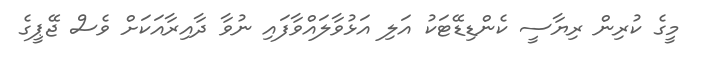
މީގެ ކުރިން ރިޔާސީ ކެންޑިޑޭޓަކު އަލި އަޅުވާލައްވާފައި ނުވާ ދާއިރާއަކަށް ވެސް ޖޭޕީގެ